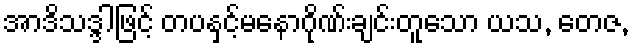
အာဒိသဒ္ဒါဖြင့် တပနှင့်မနောဂိုဏ်းချင်းတူသော ယသ, တေဇ,